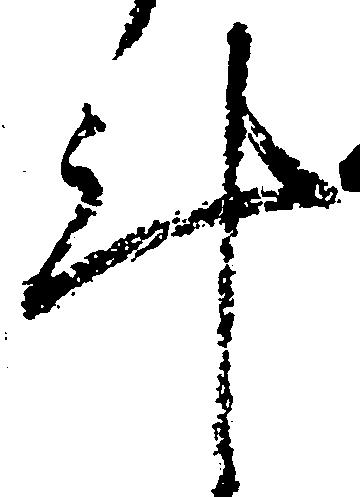
計